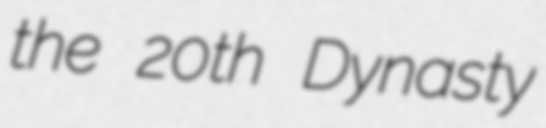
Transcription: the 20th Dynasty